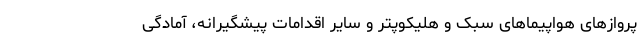
پرواز‌های هواپیما‌های سبک و هلیکوپتر و سایر اقدامات پیشگیرانه، آمادگی